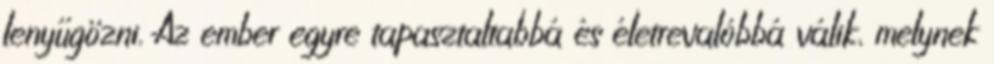
lenyűgözni. Az ember egyre tapasztaltabbá és életrevalóbbá válik, melynek